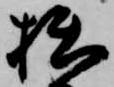
拙